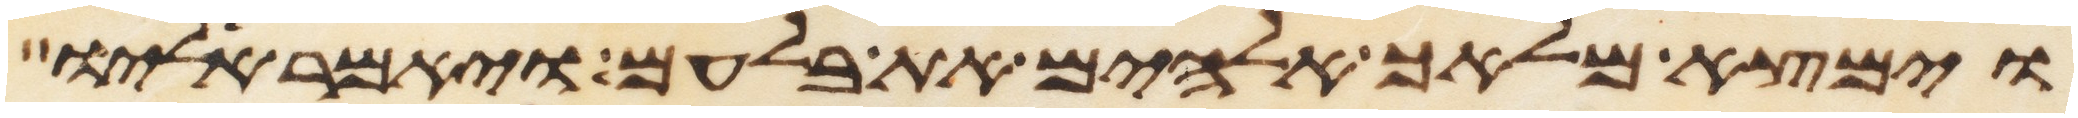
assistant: וימצא מלאך אלהים את בלעם ויאמר אליו